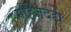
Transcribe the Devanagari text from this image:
मोहेंजदडो